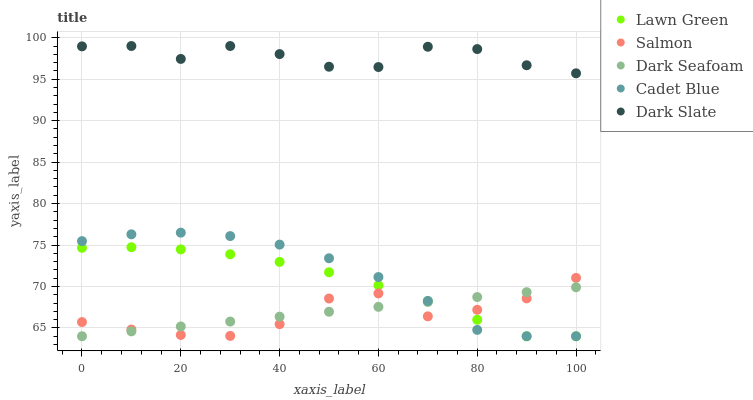
| xaxis_label | Lawn Green | Salmon | Dark Seafoam | Cadet Blue | Dark Slate |
 | --- | --- | --- | --- | --- | --- |
 | 0 | 74.7 | 65.7 | 64 | 75.5 | 99 |
 | 10 | 74.7 | 64.8 | 64.6 | 76.3 | 99 |
 | 20 | 74.5 | 64.2 | 65.2 | 76.5 | 97.4 |
 | 30 | 73.9 | 64 | 65.8 | 76.1 | 99 |
 | 40 | 73 | 65.5 | 66.4 | 75.1 | 98 |
 | 50 | 71.7 | 68.6 | 67 | 73.4 | 96.5 |
 | 60 | 70.1 | 69.2 | 67.5 | 71.1 | 96.5 |
 | 70 | 68.2 | 66.4 | 68.1 | 68.3 | 98.9 |
 | 80 | 66 | 67.2 | 68.7 | 64.8 | 98.6 |
 | 90 | 64 | 68.6 | 69.3 | 64 | 96.7 |
 | 100 | 64 | 71 | 69.9 | 64 | 95.7 |